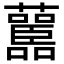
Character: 𧄤